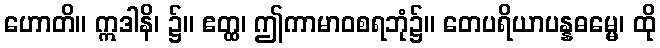
ဟောတိ။ ဣဒါနိ၊ ၌။ ဧတ္ထ၊ ဤကာမာဝစရဘုံ၌။ တေပရိယာပန္နဓမ္မေ၊ ထို